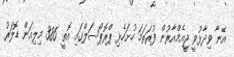
އޭނާ ވިދާޅުވީ ޖީއެމްއާރުން ފުރަތަމަ ހުށަހެޅި ޕްރޮޕޯސަލްގައި އޮތީ 386 މިލިއަން ޑޮލަރު